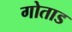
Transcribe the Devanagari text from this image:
गोताड